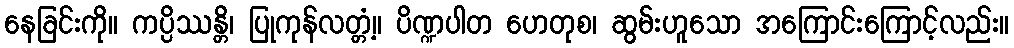
နေခြင်းကို။ ကပ္ပိဿန္တိ၊ ပြုကုန်လတ္တံ့။ ပိဏ္ဍပါတ ဟေတုစ၊ ဆွမ်းဟူသော အကြောင်းကြောင့်လည်း။